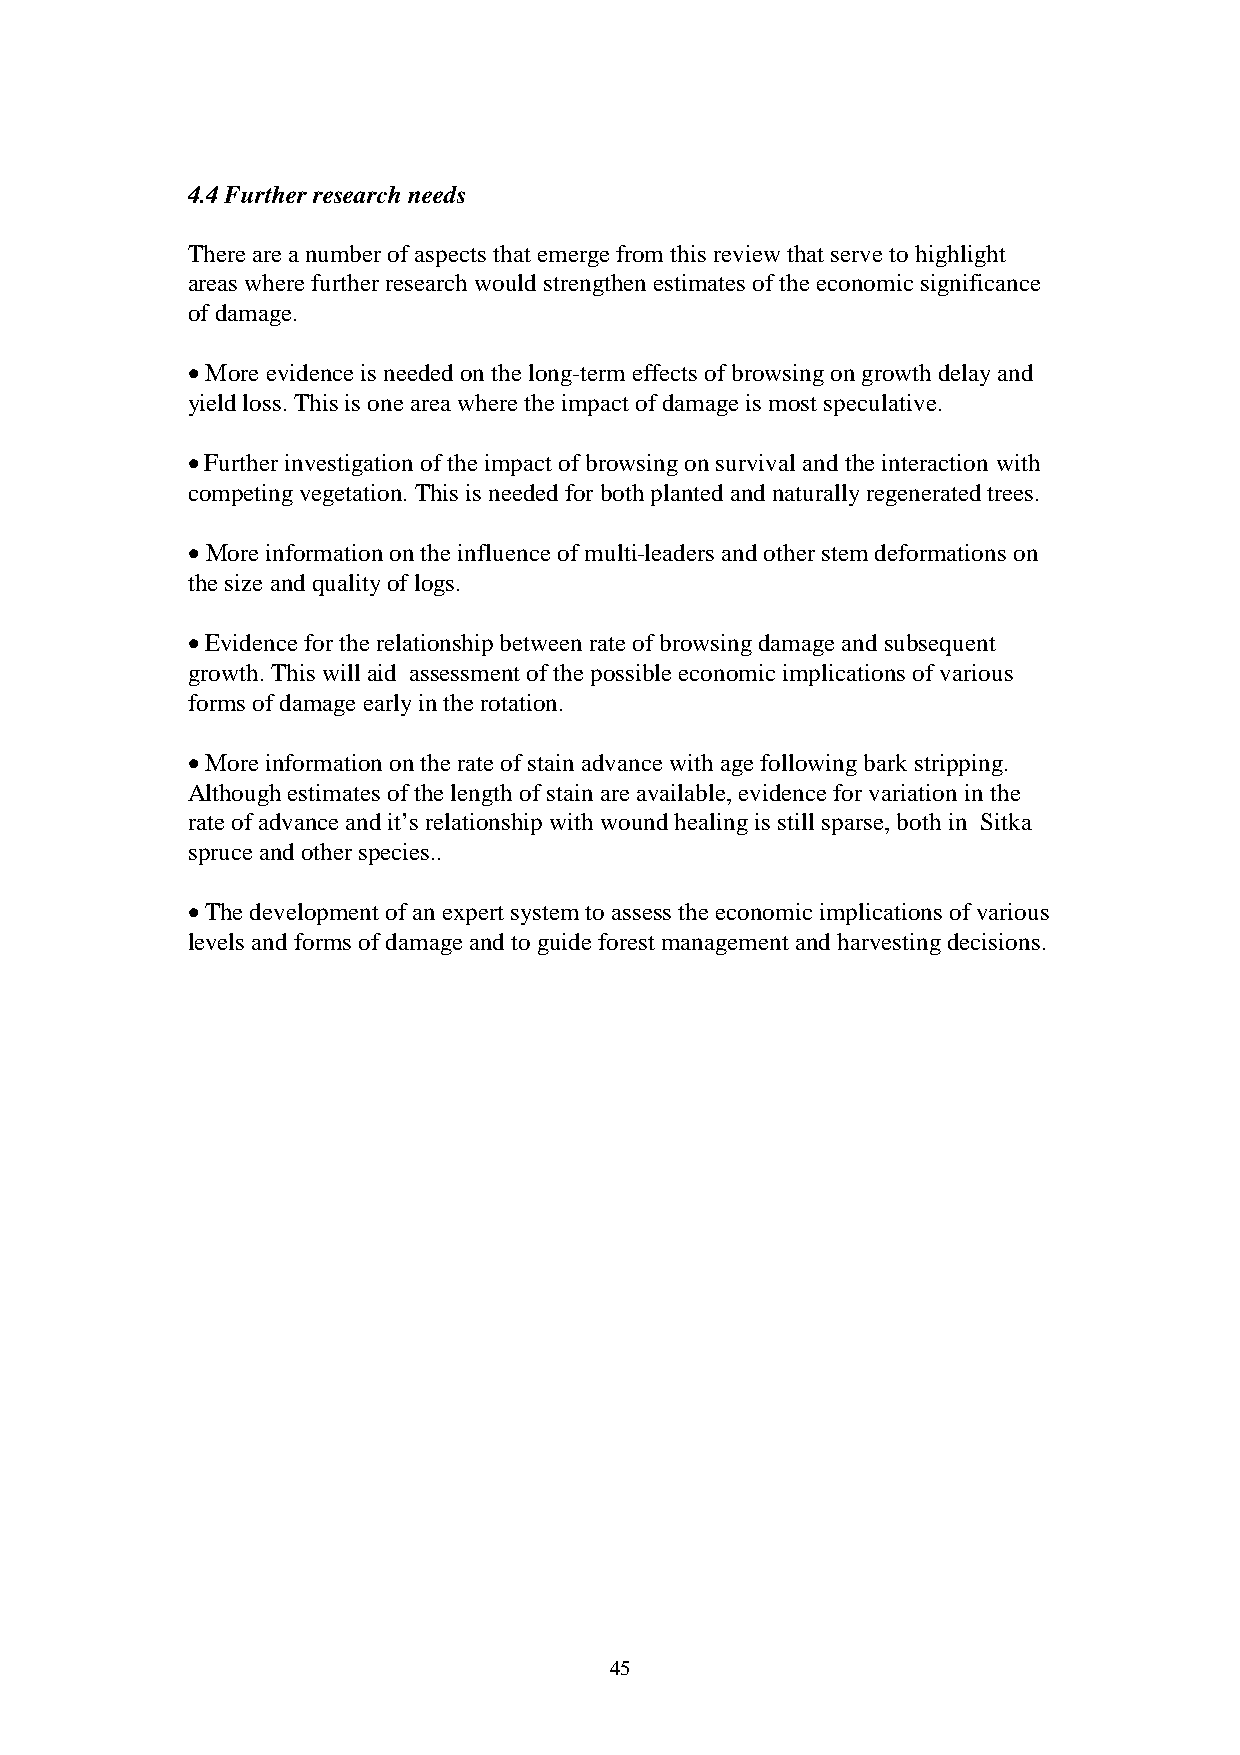
4.4 Further research needs
 There are a number of aspects that emerge from this review that serve to highlight
 areas where further research would strengthen estimates of the economic significance
 of damage.
 • More evidence is needed on the long-term effects of browsing on growth delay and
 yield loss. This is one area where the impact of damage is most speculative.
 • Further investigation of the impact of browsing on survival and the interaction with
 competing vegetation. This is needed for both planted and naturally regenerated trees.
 • More information on the influence of multi-leaders and other stem deformations on
 the size and quality of logs.
 • Evidence for the relationship between rate of browsing damage and subsequent
 growth. This will aid assessment of the possible economic implications of various
 forms of damage early in the rotation.
 • More information on the rate of stain advance with age following bark stripping.
 Although estimates of the length of stain are available, evidence for variation in the
 rate of advance and it’s relationship with wound healing is still sparse, both in Sitka
 spruce and other species..
 • The development of an expert system to assess the economic implications of various
 levels and forms of damage and to guide forest management and harvesting decisions.
 45